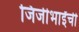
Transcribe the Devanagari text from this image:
जिजीभाईंची